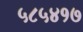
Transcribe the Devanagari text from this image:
५८५४१७